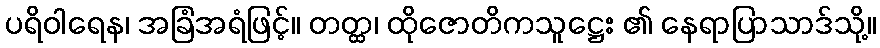
ပရိဝါရေန၊ အခြံအရံဖြင့်။ တတ္ထ၊ ထိုဇောတိကသူဋ္ဌေး ၏ နေရာပြာသာဒ်သို့။